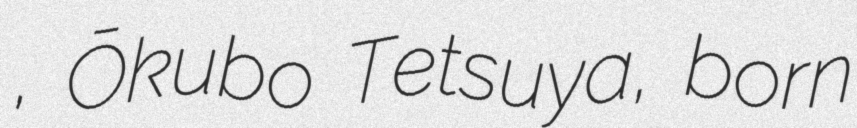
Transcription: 哲哉, Ōkubo Tetsuya, born